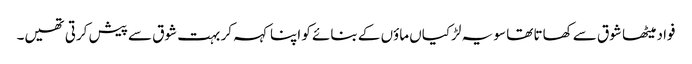
فواد میٹھا شوق سے کھاتا تھا سو یہ لڑکیاں ماؤں کے بنائے کو اپنا کہہ کر بہت شوق سے پیش کرتی تھیں۔